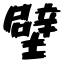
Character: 壁